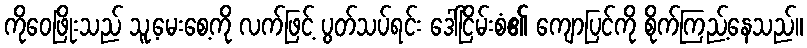
ကိုဝေဖြိုးသည် သူ့မေးစေ့ကို လက်ဖြင့် ပွတ်သပ်ရင်း ဒေါ်ငြိမ်းစံ၏ ကျောပြင်ကို စိုက်ကြည့်နေသည်။